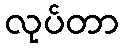
လုပ်တာ